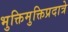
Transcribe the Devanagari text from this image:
भुक्तिमुक्तिप्रदात्रे